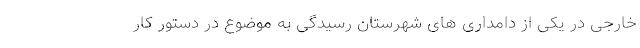
خارجی در یکی از دامداری های شهرستان رسیدگی به موضوع در دستور کار